Scientific memoirs by medical officers of the Army of India - Part X,
Year: 1897
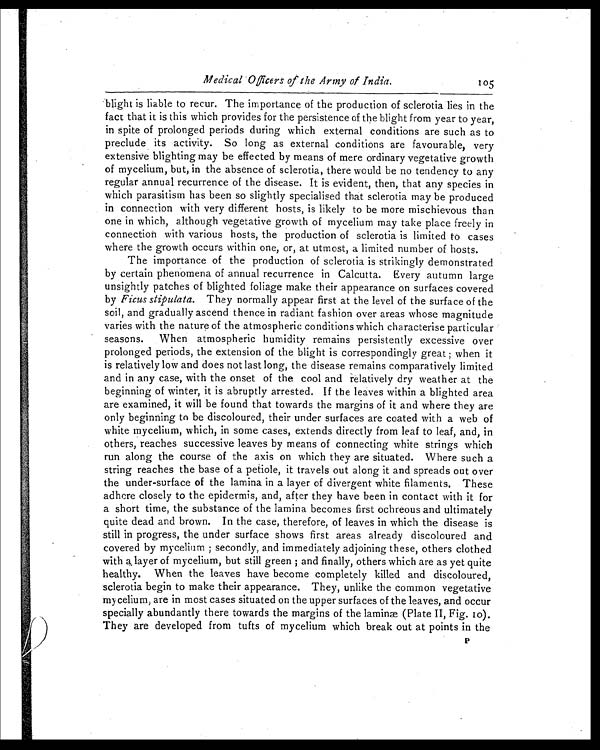
Medical Officers of the Army of India.
105
blight is liable to recur. The importance of the production of sclerotia lies in the
fact that it is this which provides for the persistence of the blight from year to year,
in spite of prolonged periods during which external conditions are such as to
preclude its activity. So long as external conditions are favourable, very
extensive blighting may be effected by means of mere ordinary vegetative growth
of mycelium, but, in the absence of sclerotia, there would be no tendency to any
regular annual recurrence of the disease. It is evident, then, that any species in
which parasitism has been so slightly specialised that sclerotia may be produced
in connection with very different hosts, is likely to be more mischievous than
one in which, although vegetative growth of mycelium may take place freely in
connection with various hosts, the production of sclerotia is limited to cases
where the growth occurs within one, or, at utmost, a limited number of hosts.
The importance of the production of sclerotia is strikingly demonstrated
by certain phenomena of annual recurrence in Calcutta. Every autumn large
unsightly patches of blighted foliage make their appearance on surfaces covered
by Ficus stipulate. They normally appear first at the level of the surface of the
soil, and gradually ascend thence in radiant fashion over areas whose magnitude
varies with the nature of the atmospheric conditions which characterise particular
seasons. When atmospheric humidity remains persistently excessive over
prolonged periods, the extension of the blight is correspondingly great ; when it
is relatively low and does not last long, the disease remains comparatively limited
and in any case, with the onset of the cool and relatively dry weather at the
beginning of winter, it is abruptly arrested. If the leaves within a blighted area
are examined, it will be found that towards the margins of it and where they are
only beginning to be discoloured, their under surfaces are coated with a web of
white mycelium, which, in some cases, extends directly from leaf to leaf, and, in
others, reaches successive leaves by means of connecting white strings which
run along the course of the axis on which they are situated. Where such a
string reaches the base of a petiole, it travels out along it and spreads out over
the under-surface of the lamina in a layer of divergent white filaments. These
adhere closely to the epidermis, and, after they have been in contact with it for
a short time, the substance of the lamina becomes first ochreous and ultimately
quite dead and brown. In the case, therefore, of leaves in which the disease is
still in progress, the under surface shows first areas already discoloured and
covered by mycelium ; secondly, and immediately adjoining these, others clothed
with a layer of mycelium, but still green ; and finally, others which are as yet quite
healthy. When the leaves have become completely killed and discoloured,
sclerotia begin to make their appearance. They, unlike the common vegetative
mycelium, are in most cases situated on the upper surfaces of the leaves, and occur
specially abundantly there towards the margins of the laminae (Plate II, Fig. 10).
They are developed from tufts of mycelium which break out at points in the
P